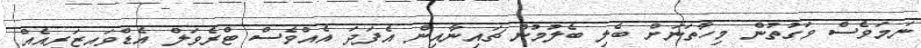
ނަމަވެސް ވަގުތުން މިހާތަނަށް ބެލި ބެލުމުން ޗައިނާއިން އެފަދަ އެއްވެސް ޓްރެވަލް އެޑްވައިޒަރީއެއް